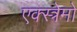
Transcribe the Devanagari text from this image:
एक्स्त्रेमो